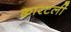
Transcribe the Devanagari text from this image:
क्वारटर्ली